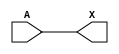
/*
 * Copyright 2020 The SkyWater PDK Authors
 *
 * Licensed under the Apache License, Version 2.0 (the "License");
 * you may not use this file except in compliance with the License.
 * You may obtain a copy of the License at
 *
 *     https://www.apache.org/licenses/LICENSE-2.0
 *
 * Unless required by applicable law or agreed to in writing, software
 * distributed under the License is distributed on an "AS IS" BASIS,
 * WITHOUT WARRANTIES OR CONDITIONS OF ANY KIND, either express or implied.
 * See the License for the specific language governing permissions and
 * limitations under the License.
 *
 * SPDX-License-Identifier: Apache-2.0
*/


`ifndef SKY130_FD_SC_LP__DLYMETAL6S2S_FUNCTIONAL_V
`define SKY130_FD_SC_LP__DLYMETAL6S2S_FUNCTIONAL_V

/**
 * dlymetal6s2s: 6-inverter delay with output from 2nd stage on
 *               horizontal route.
 *
 * Verilog simulation functional model.
 */

`timescale 1ns / 1ps
`default_nettype none

`celldefine
module sky130_fd_sc_lp__dlymetal6s2s (
    X,
    A
);

    // Module ports
    output X;
    input  A;

    // Local signals
    wire buf0_out_X;

    //  Name  Output      Other arguments
    buf buf0 (buf0_out_X, A              );
    buf buf1 (X         , buf0_out_X     );

endmodule
`endcelldefine

`default_nettype wire
`endif  // SKY130_FD_SC_LP__DLYMETAL6S2S_FUNCTIONAL_V